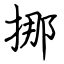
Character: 挪